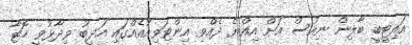
އައިޓީބީ ބާލިން ނިއުސް އަށް އިއްޔެ ދެއްވި އިންޓަވިއުއެއްގައި އަދީބު ވިދާޅުވީ ހޮޓާ